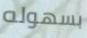
بسهوله